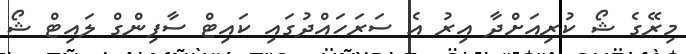
މިރޭގެ ޝޯ ކުރިއަށްދާ އިރު އެ ސަރަހައްދުގައި ކައިޓް ސާފިންގް ލައިޓް ޝޯ